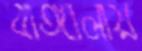
বাঙ্গালায়